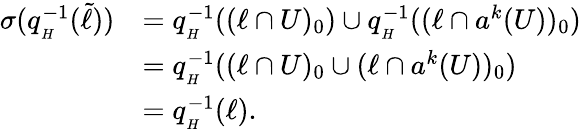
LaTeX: \begin{array}{rl}{\sigma(q_{_{H}}^{-1}(\tilde{\ell}))}&{=q_{_{H}}^{-1}((\ell\cap U)_{0})\cup q_{_{H}}^{-1}((\ell\cap a^{k}(U))_{0})}\\ &{=q_{_{H}}^{-1}((\ell\cap U)_{0}\cup(\ell\cap a^{k}(U))_{0})}\\ &{=q_{_{H}}^{-1}(\ell).}\end{array}